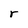
Character: r